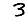
Digit: 3